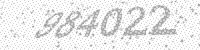
Solution: 984022